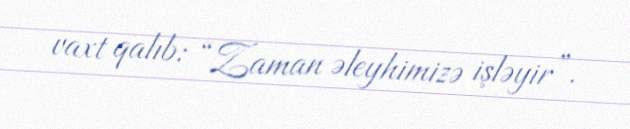
vaxt qalıb: “Zaman əleyhimizə işləyir”.